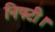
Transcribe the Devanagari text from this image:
निफ्टी।